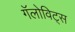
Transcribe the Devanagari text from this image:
गॅलोविट्स